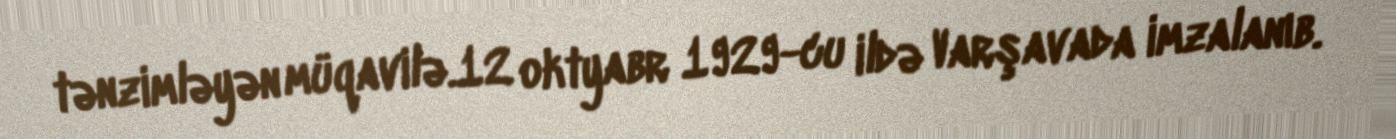
tənzimləyən müqavilə.12 oktyabr 1929-cu ildə Varşavada imzalanıb.